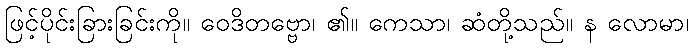
ဖြင့်ပိုင်းခြားခြင်းကို။ ဝေဒိတဗ္ဗော၊ ၏။ ကေသာ၊ ဆံတို့သည်။ န လောမာ၊